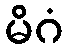
မိဂံ